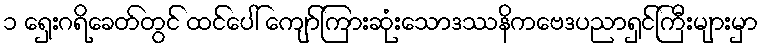
၁ ရှေးဂရိခေတ်တွင် ထင်ပေါ် ကျော်ကြားဆုံးသောဒဿနိကဗေဒပညာရှင်ကြီးများမှာ